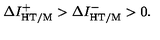
\Delta I _ { \mathrm { H T / M } } ^ { + } > \Delta I _ { \mathrm { H T / M } } ^ { - } > 0 .